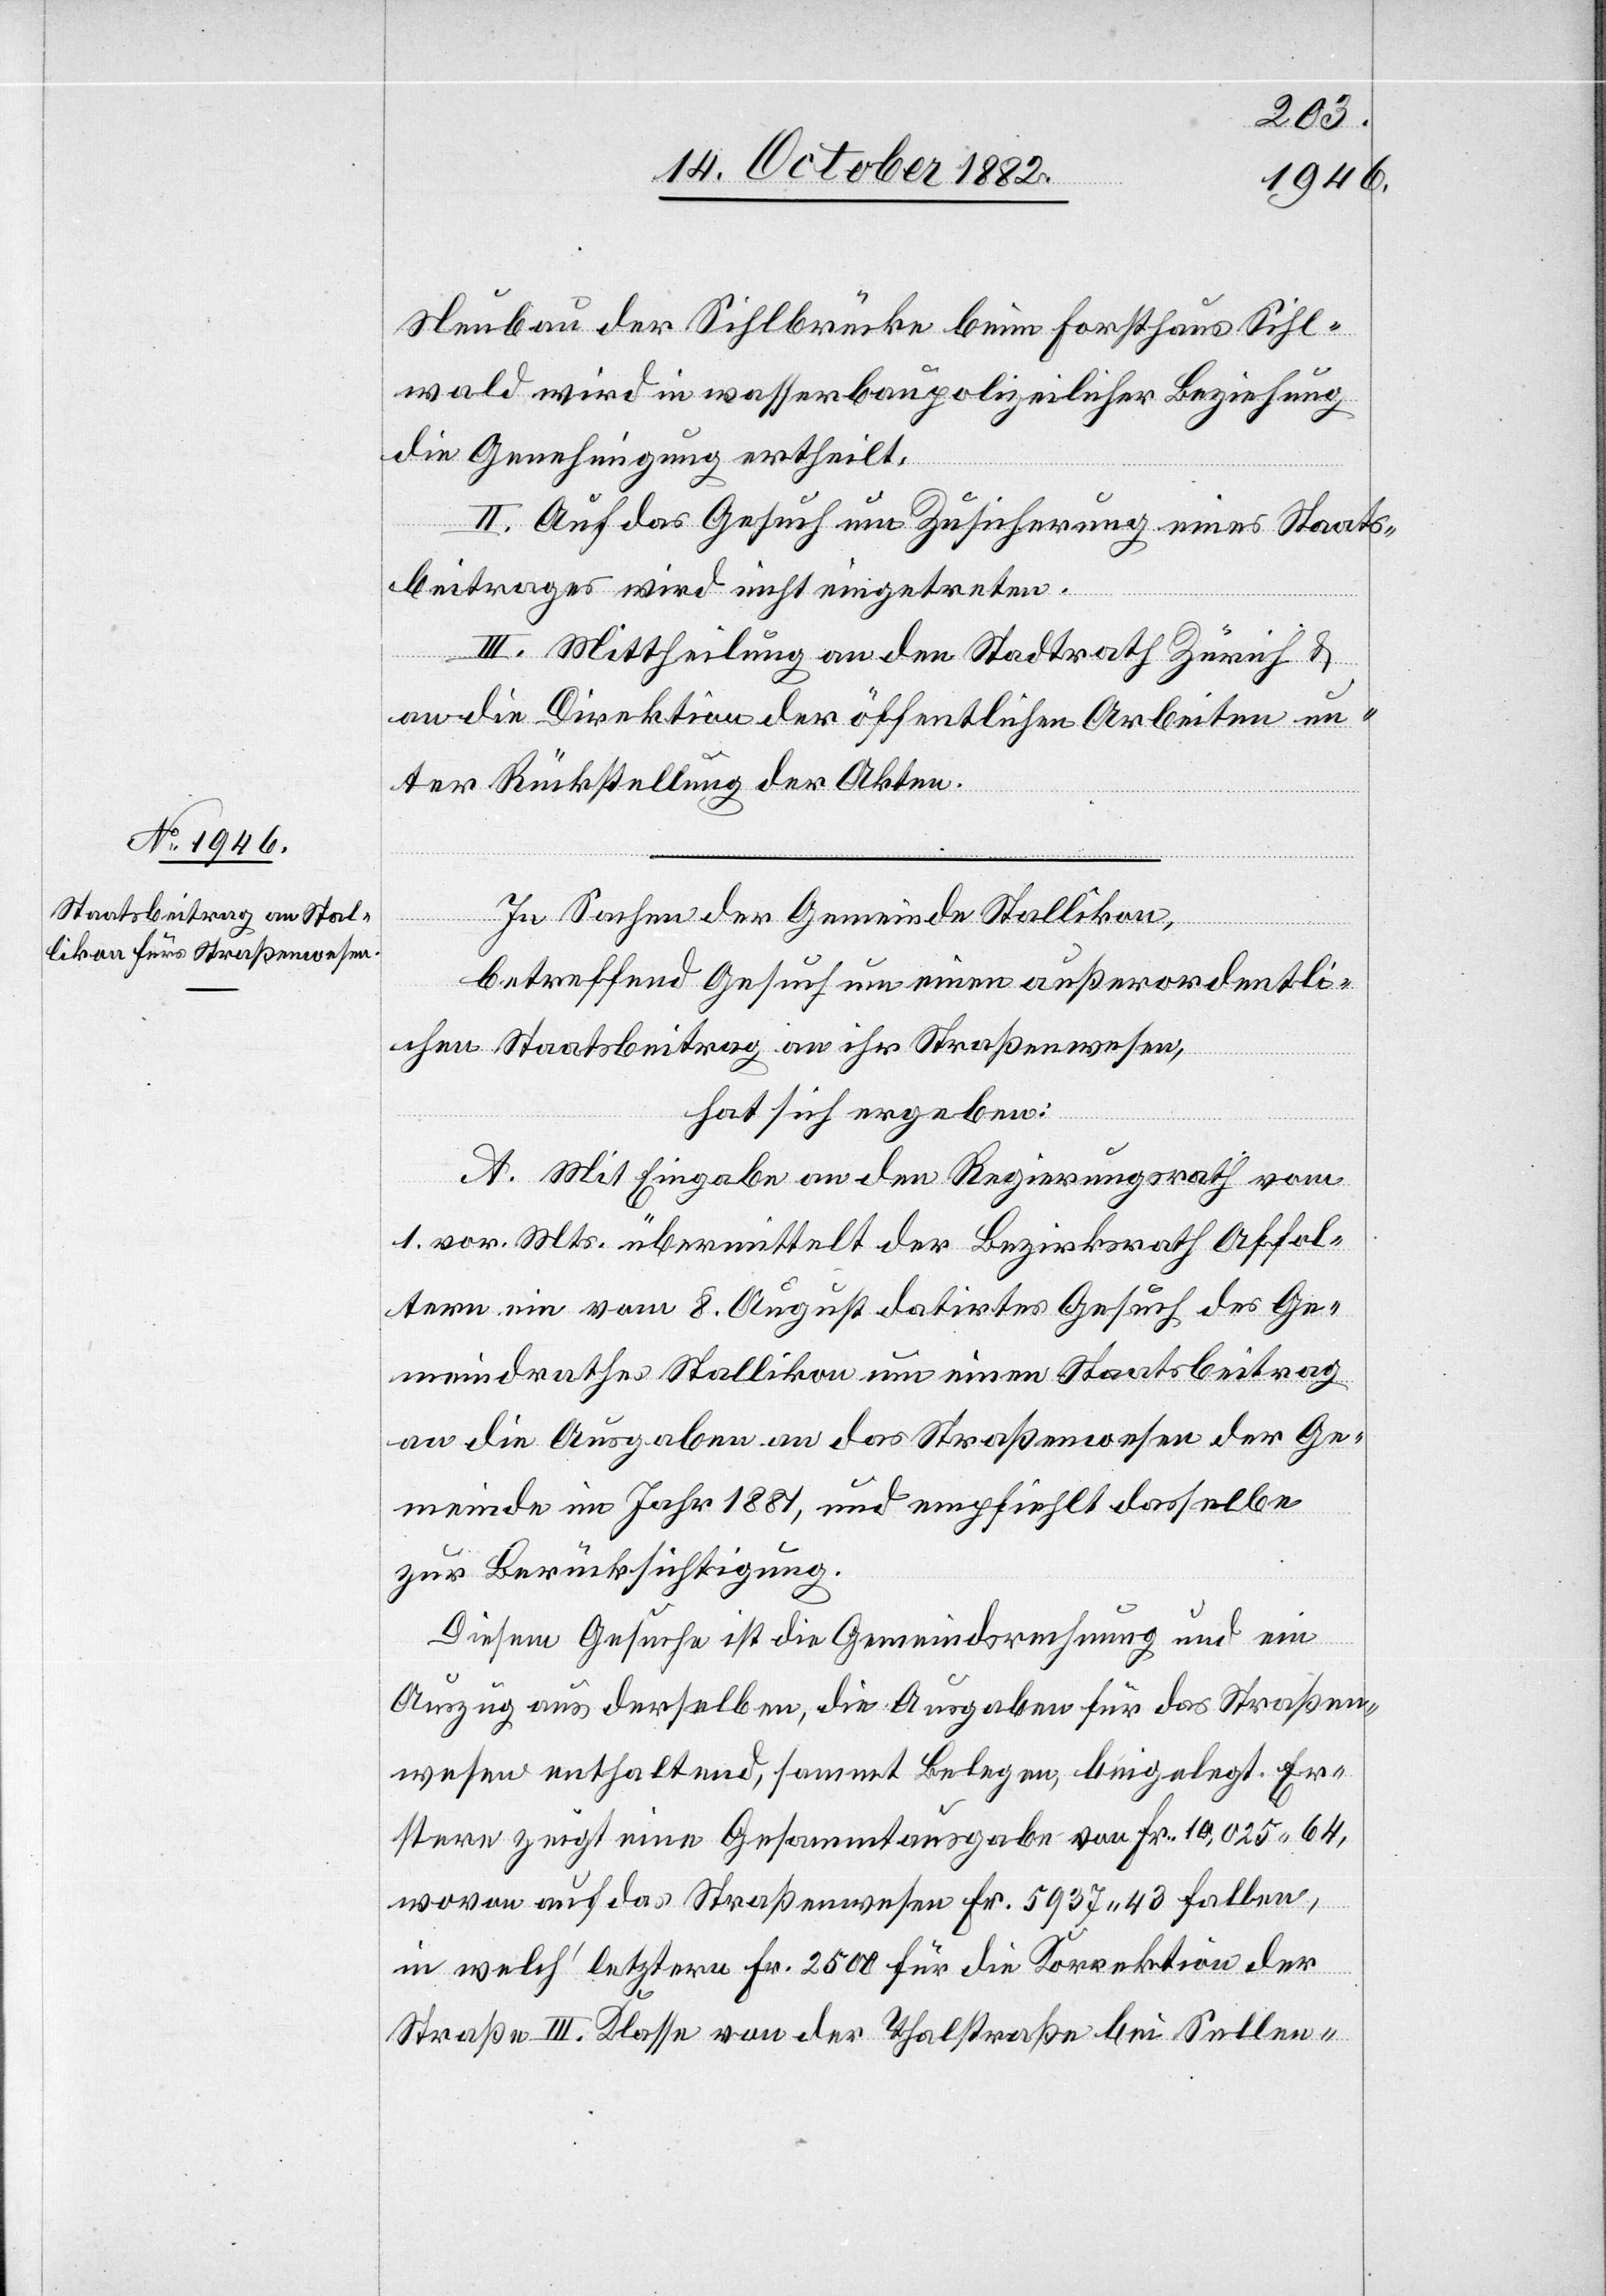
Neubau der Sihlbrücke beim Forsthaus Sihl¬
wald wird in wasserbaupolizeilicher Beziehung
die Genehmigung ertheilt.
II. Auf das Gesuch um Zusicherung eines Staats¬
beitrages wird nicht eingetreten.
III. Mittheilung an den Stadtrath Zürich &
an die Direktion der öffentlichen Arbeiten un¬
ter Rückstellung der Akten.
In Sachen der Gemeinde Stallikon,
betreffend Gesuch um einen außerordentli¬
chen Staatsbeitrag an ihr Straßenwesen,
hat sich ergeben:
A. Mit Eingabe an den Regierungsrath vom
1. vor. Mts. übermittelt der Bezirksrath Affol¬
tern ein vom 8. August datirtes Gesuch des Ge¬
meindrathes Stallikon um einen Staatsbeitrag
an die Ausgaben an das Straßenwesen der Ge¬
meinde im Jahr 1881, und empfiehlt dasselbe
zur Berücksichtigung.
Diesem Gesuche ist die Gemeindsrechnung und ein
Auszug aus derselben, die Ausgaben für das Straßen¬
wesen enthaltend, sammt Belegen, beigelegt. Er¬
stere zeigt eine Gesammtausgabe von Fr. 10,025 64,
wovon auf das Straßenwesen Fr. 5937 43 fallen,
in welch letztere Fr. 2500 für die Korrektion der
Straße III. Klasse von der Thalstraße bei Sellen-